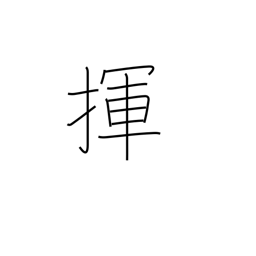
Meaning: wag